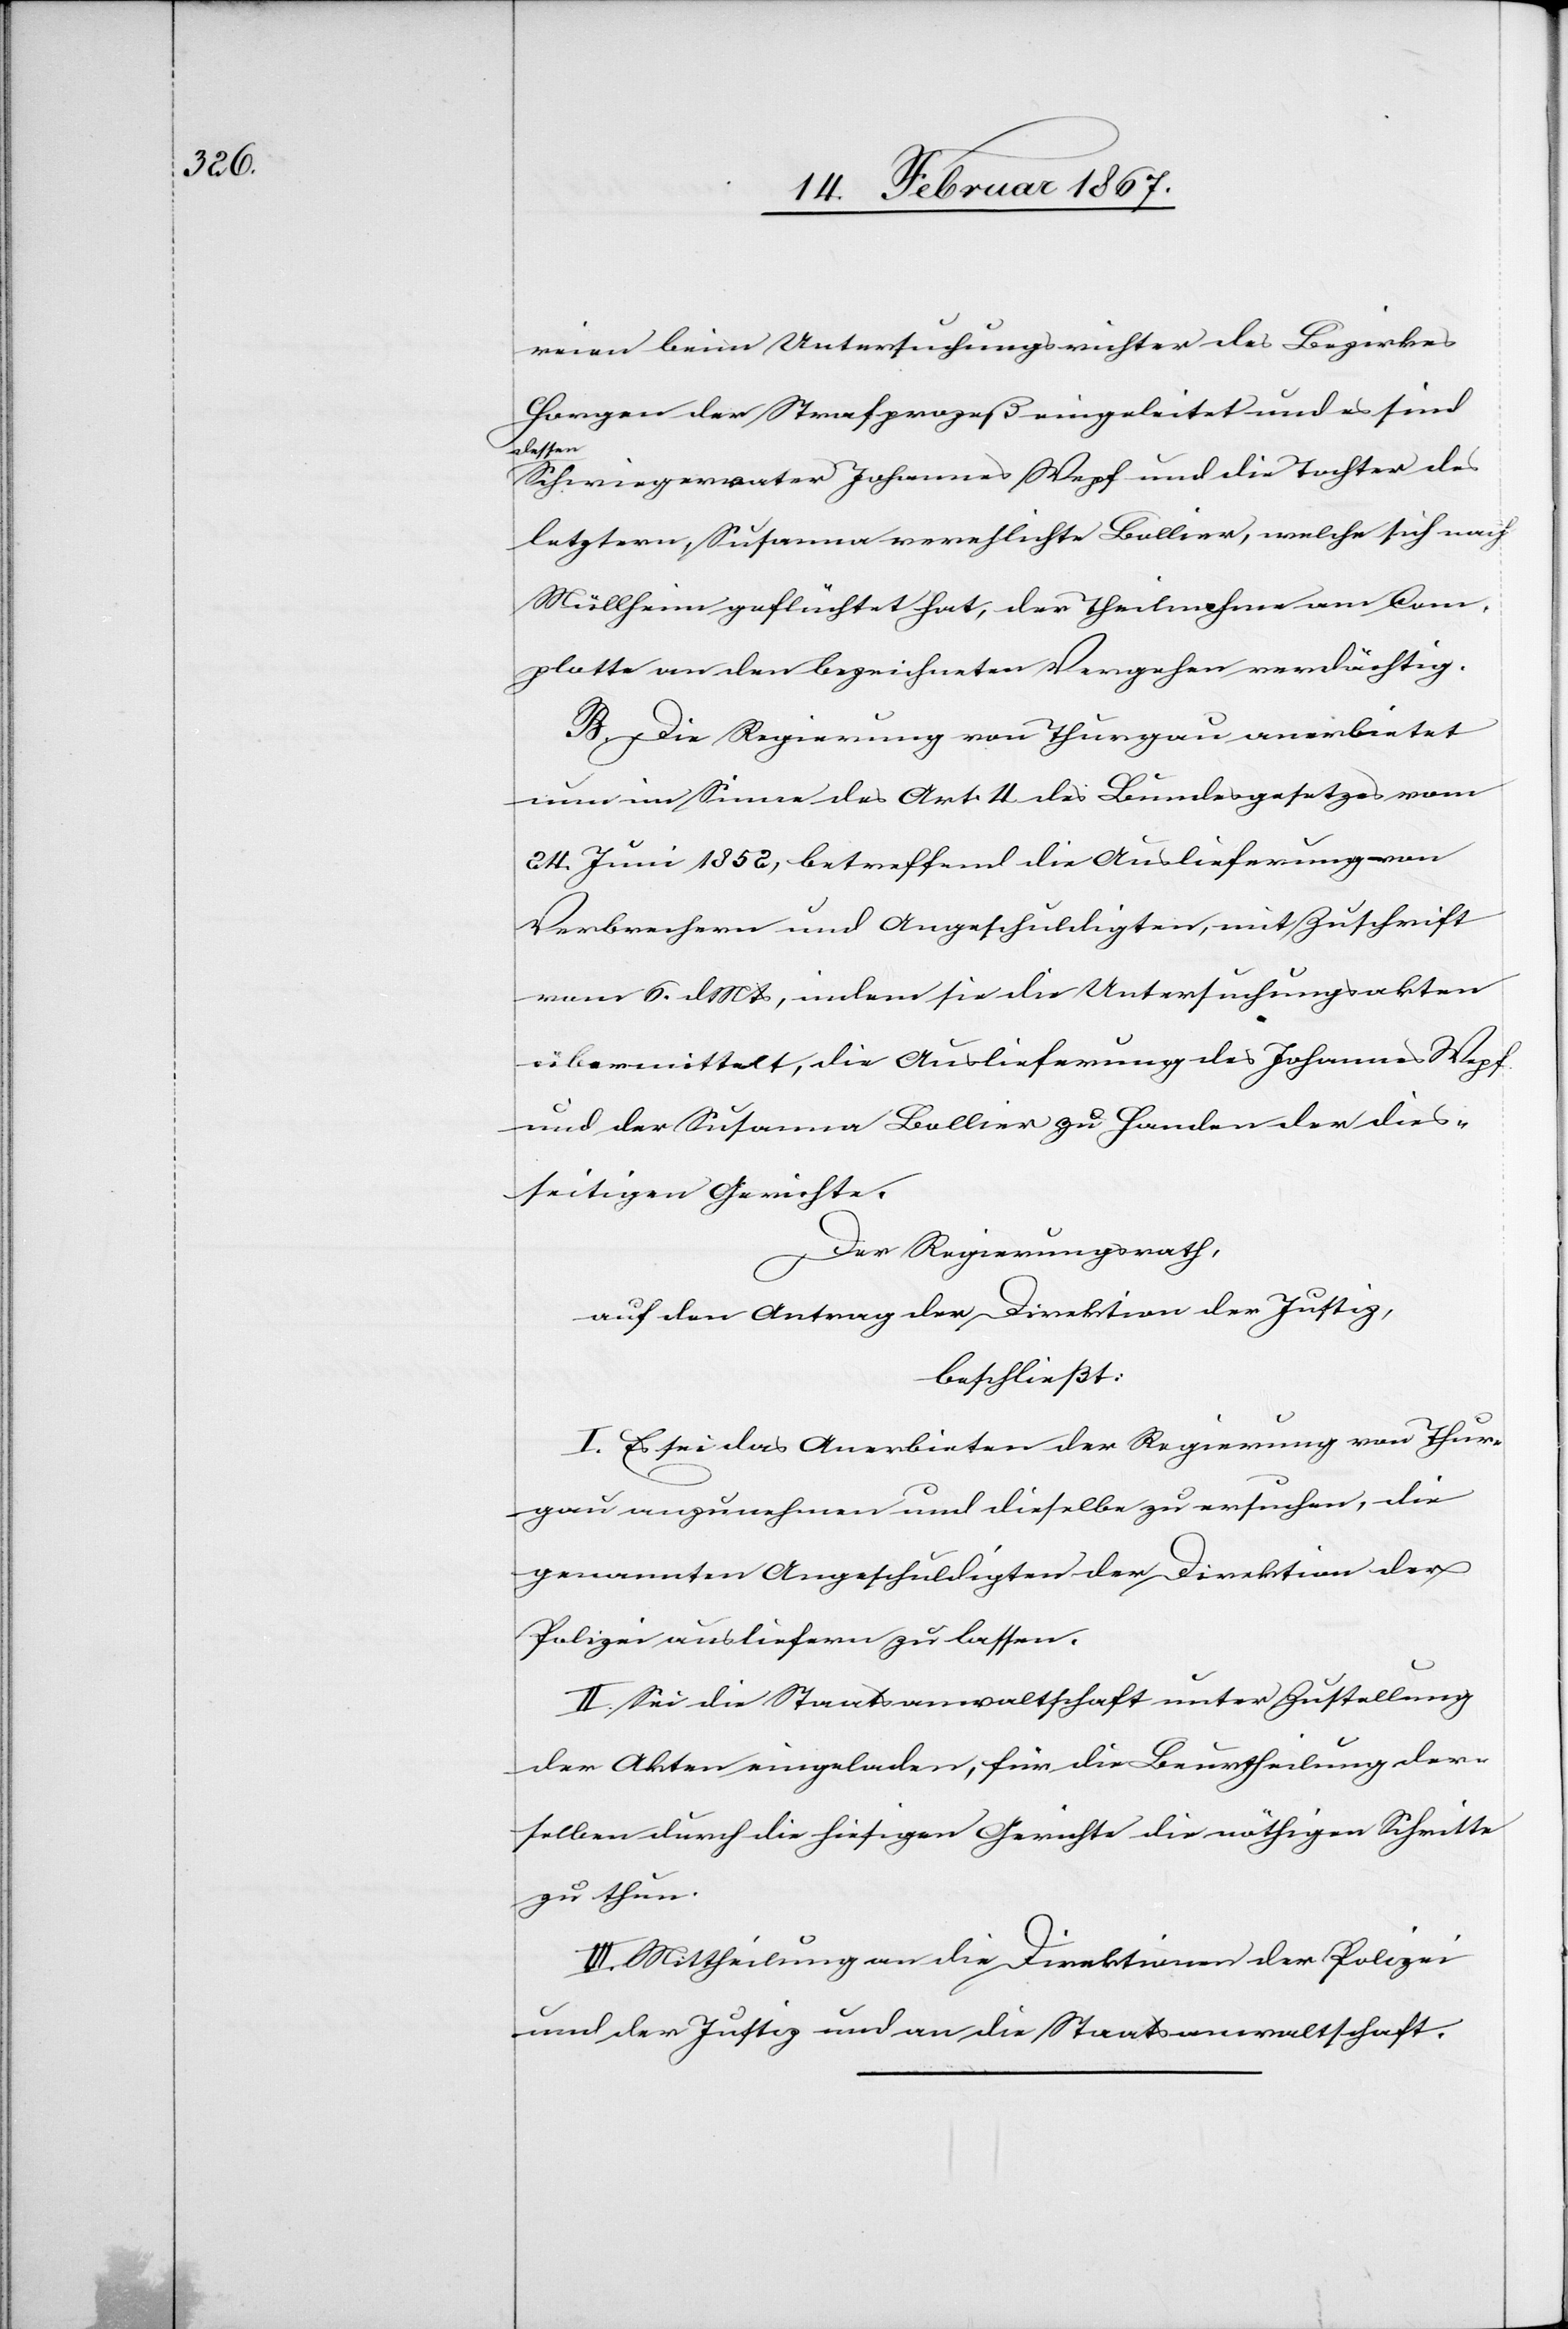
reien beim Untersuchungsrichter des Bezirkes
Horgen der Strafprozeß eingeleitet und es sind
dessen
Schwiegervater Johannes Wepf und die Tochter des
letztern, Susanna verehlichte Bollier, welche sich nach
Müllheim geflüchtet hat, der Theilnahme am Com¬
plotte an den bezeichneten Vergehen verdächtig.
B. Die Regierung von Thurgau anerbietet
nun im Sinne des Art. 4 des Bundesgesetzes vom
24. Juni 1852, betreffend die Auslieferung von
Verbrechern und Angeschuldigten, mit Zuschrift
vom 6. d. Mts, indem sie die Untersuchungsakten
übermittelt, die Auslieferung des Johannes Wepf
und der Susanna Bollier zu Handen der dies¬
seitigen Gerichte.
Der Regierungsrath,
auf den Antrag der Direktion der Justiz,
beschließt:
I. Es sei das Anerbieten der Regierung von Thur¬
gau anzunehmen und dieselbe zu ersuchen, die
genannten Angeschuldigten der Direktion der
Polizei ausliefern zu lassen.
II. Sei die Staatsanwaltschaft unter Zustellung
der Akten eingeladen, für die Beurtheilung der¬
selben durch die hiesigen Gerichte die nöthigen Schritte
zu thun.
III. Mittheilung an die Direktionen der Polizei
und der Justiz und an die Staatsanwaltschaft.